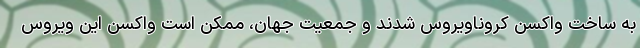
به ساخت واکسن کروناویروس شدند و جمعیت جهان، ممکن است واکسن این ویروس